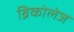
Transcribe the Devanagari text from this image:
ब्रिकोलेज